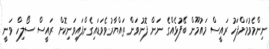
ނިންމެވުމަށްފަހު ރައީސް މައުމޫން ބޭފުޅެއްގެ ނަން ފޮނުވަން ތައްޔާރުވެވަޑައިގެންފައިވަނިކޮށް ރައީސް ސޯލިހް ވަނީ